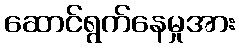
ဆောင်ရွက်နေမှုအား